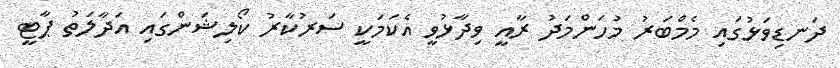
ދަނޑިވަޅުގައި މެމްބަރު މުހަންމަދު ރާއީ ވިދާޅުވީ އެކަމަކީ ސަރުކާރު ކޯލިޝަންގައި އަދާލަތު ޕާޓީ